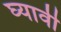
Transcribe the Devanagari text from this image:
घ्‍यावी